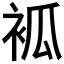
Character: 𧙆